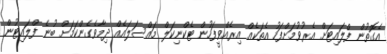
އެގޮތުން ފްލައިޓަށް އެރުވުމަށްފަހު އެތަކެއް އިރެއްވީފަހުން ޓެކްނިކަލް މައްސަލައެއް ދިމާވެގެންކަމަށް ބުނެ ފްލައިޓުން